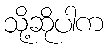
သို့ဆိုပါက